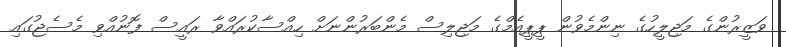
ވަޒީރުންގެ މަޖިލީހުގެ ނިންމެވުން ޕީޕީއެމްގެ މަޖިލިސް މެންބަރުންނަށް ހިއްސާކުރައްވާ ރައީސް ފޮނުއްވި މެސެޖުގައި